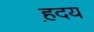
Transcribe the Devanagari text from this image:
ह़दय